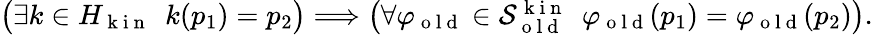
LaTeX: \begin{array}{r}{\big(\exists k\in H_{\mathrm{~k~i~n~}}\ \ k(p_{1})=p_{2}\big)\Longrightarrow\big(\forall\varphi_{\mathrm{~o~l~d~}}\in\mathcal{S}_{\mathrm{~o~l~d~}}^{\mathrm{~k~i~n~}}\ \ \varphi_{\mathrm{~o~l~d~}}(p_{1})=\varphi_{\mathrm{~o~l~d~}}(p_{2})\big).}\end{array}